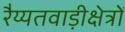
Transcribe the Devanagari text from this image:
रैय्यतवाड़ीक्षेत्रों